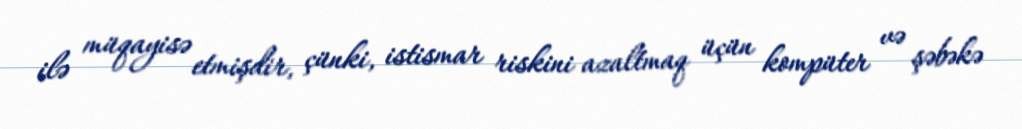
ilə müqayisə etmişdir, çünki, istismar riskini azaltmaq üçün kompüter və şəbəkə